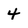
Character: 4